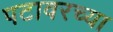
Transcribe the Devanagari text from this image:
पटावरच्या